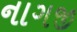
નાગજી